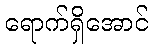
ရောက်ရှိအောင်